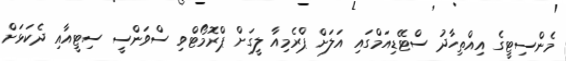
މެންސިޓީގެ އިއްތިހާދު ސްޓޭޑިއަމްގައި އަލަށް ޕްރެމިއާ ލީގަށް ޕްރޮމޯޓްވި ސްވަންސީ ސިޓީއާއި ދެކަޅަށް